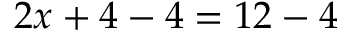
2 x + 4 - 4 = 1 2 - 4